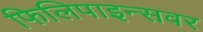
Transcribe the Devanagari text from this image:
फिलिपाइन्सवर